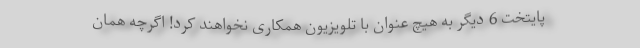
پایتخت 6 دیگر به هیچ عنوان با تلویزیون همکاری نخواهند کرد! اگرچه همان